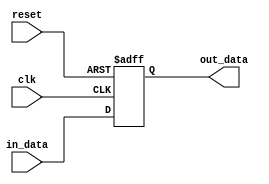
module delay_unit #(parameter DATA_WIDTH=32 )
(
input clk,
input reset,
input  [DATA_WIDTH-1:0] in_data,
output reg  [DATA_WIDTH-1:0] out_data
);
always @ (posedge clk, negedge reset )begin
  if(reset!=1'b1) begin
    out_data<='b0;
  end
  else begin
    out_data= in_data;
  end
end
endmodule